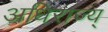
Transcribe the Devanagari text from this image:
अधिराज्य्